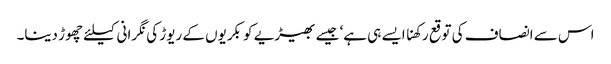
اس سے انصاف کی توقع رکھنا ایسے ہی ہے‘ جیسے بھیڑیے کو بکریوں کے ریوڑ کی نگرانی کیلئے چھوڑ دینا۔